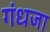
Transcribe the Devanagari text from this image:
गंधजा